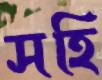
সহি